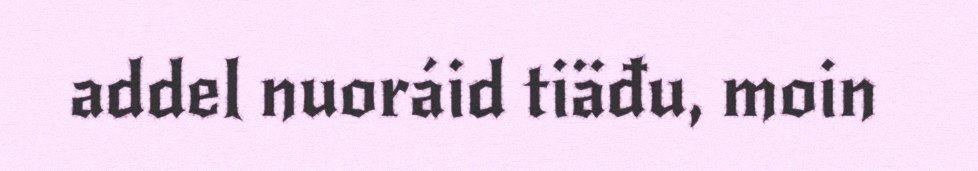
addel nuoráid tiäđu, moin